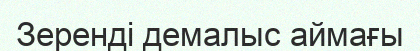
Зеренді демалыс аймағы